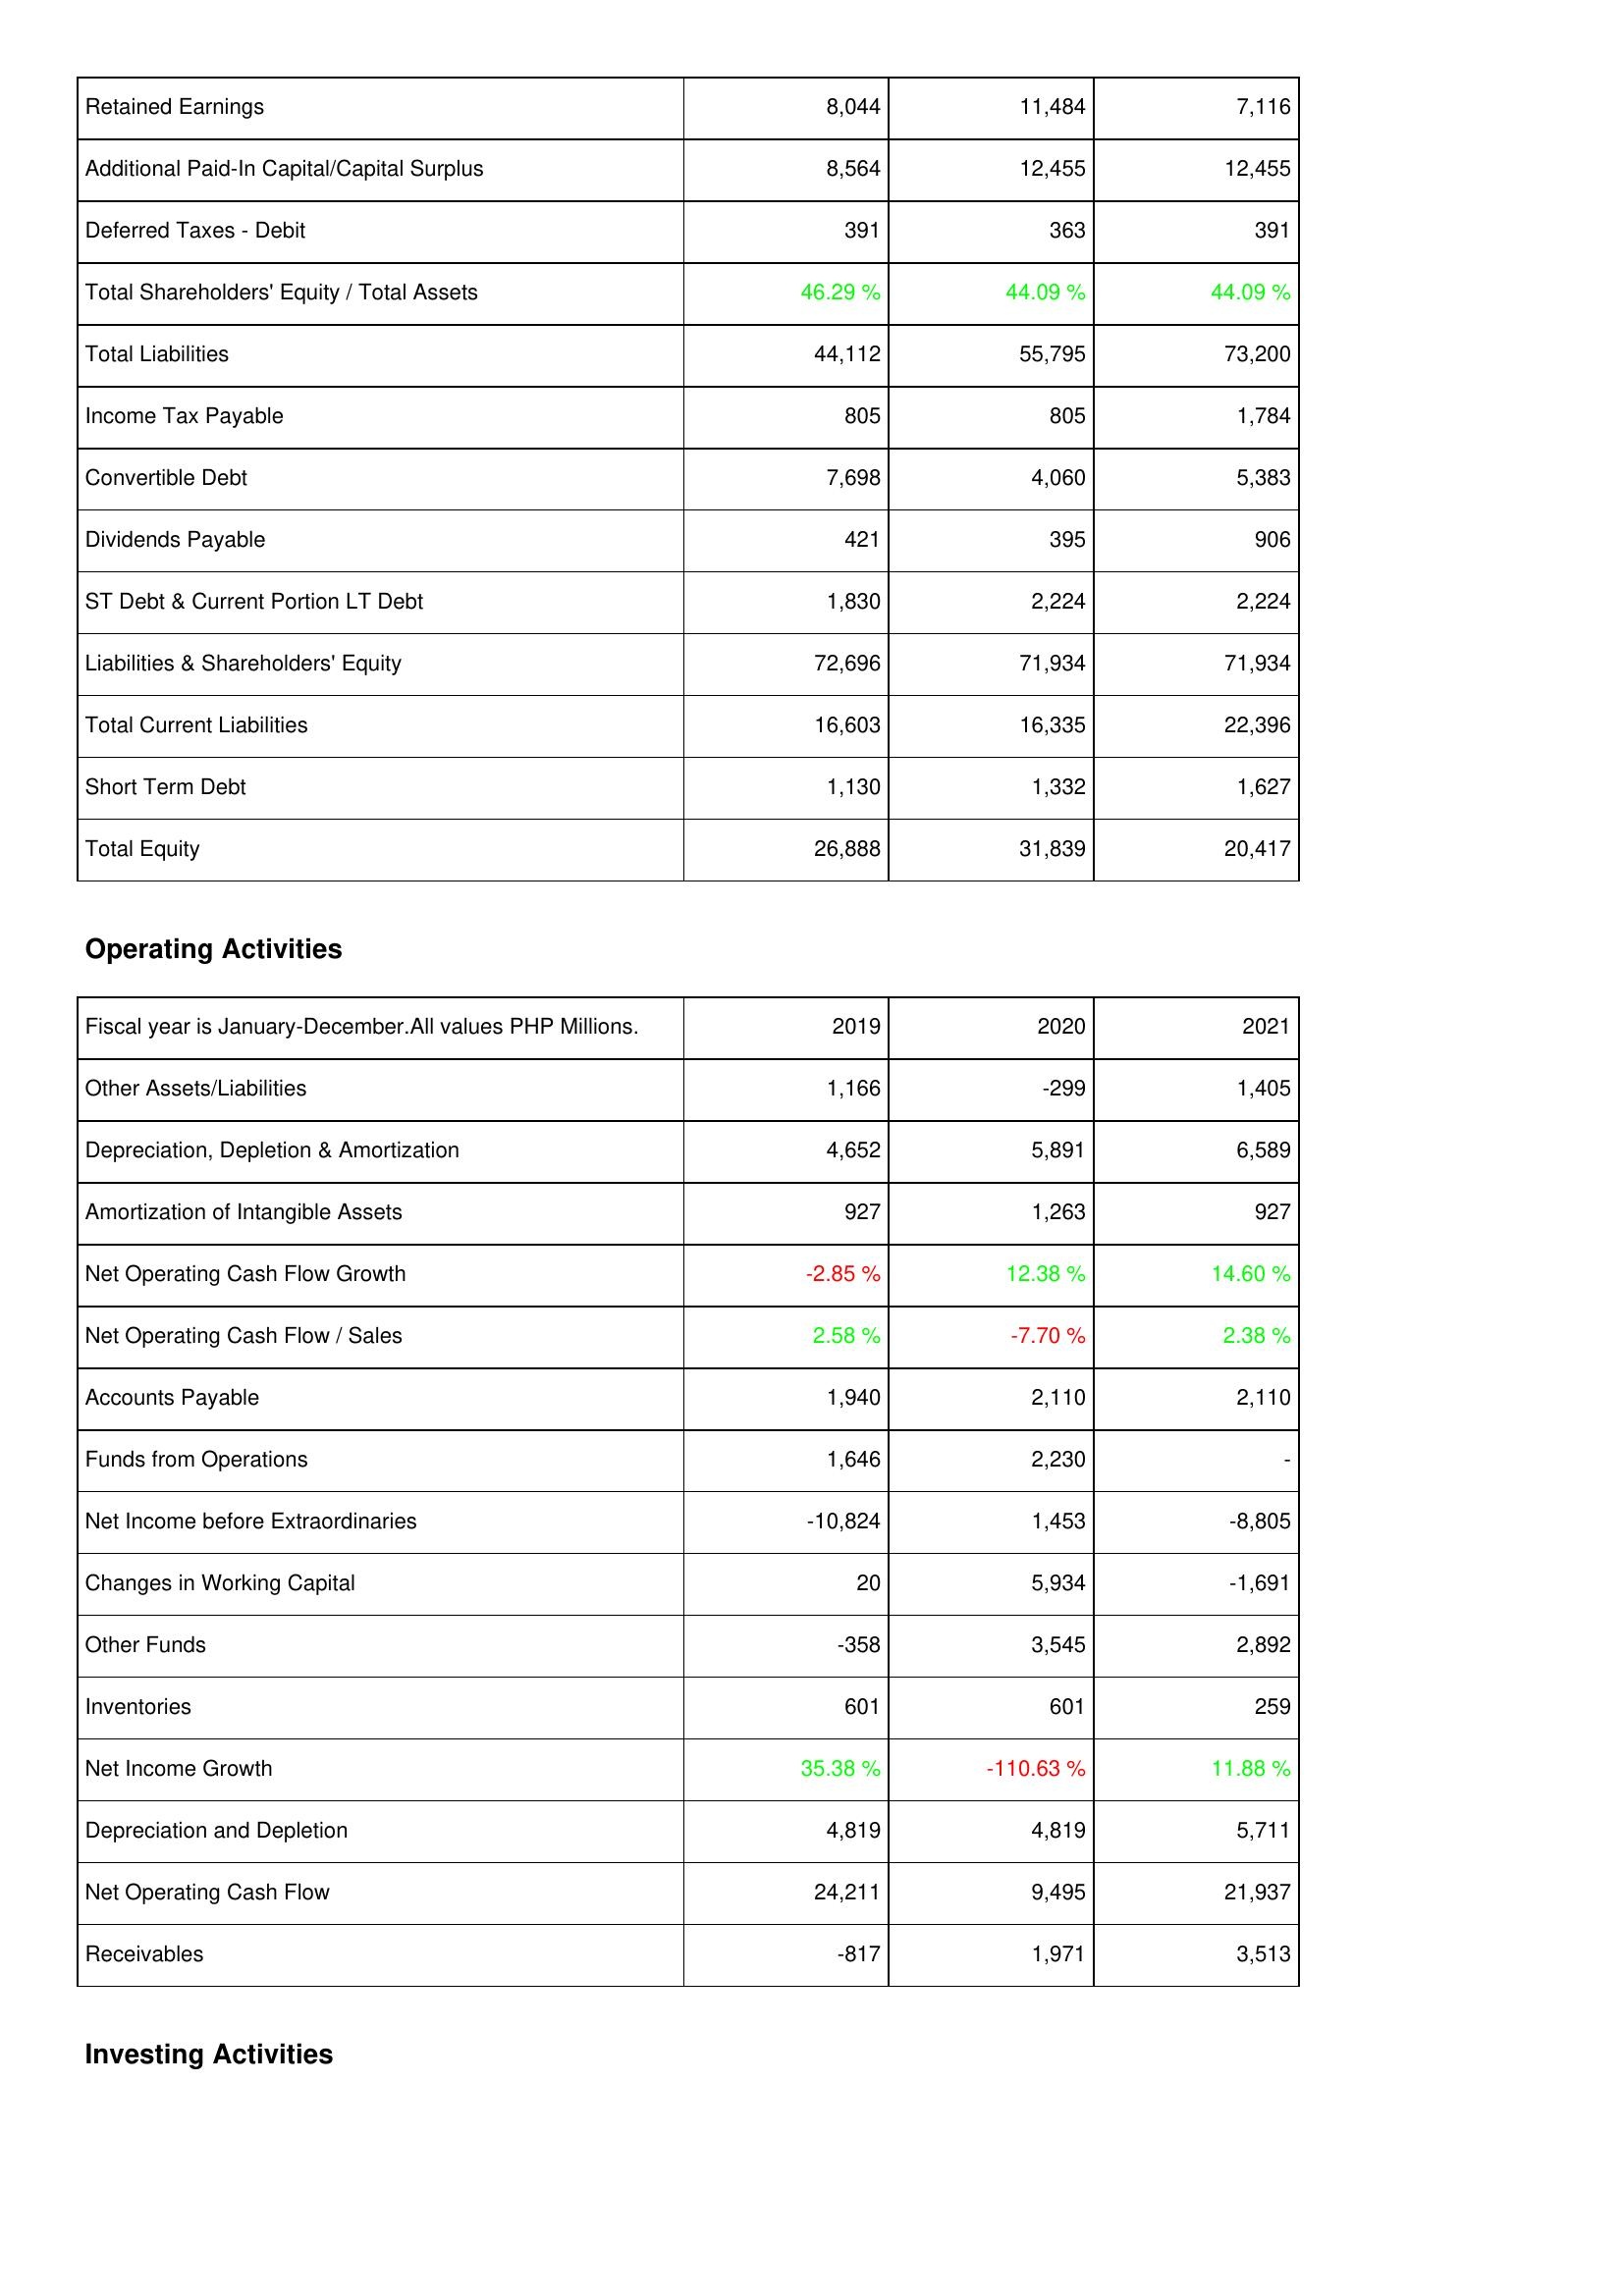
2019: Liabilities & Shareholders' Equity: Retained Earnings: 8,044
Additional Paid-In Capital/Capital Surplus: 8,564
Deferred Taxes - Debit: 391
Total Shareholders' Equity / Total Assets: 46.29 %
Total Liabilities: 44,112
Income Tax Payable: 805
Convertible Debt: 7,698
Dividends Payable: 421
ST Debt & Current Portion LT Debt: 1,830
Liabilities & Shareholders' Equity: 72,696
Total Current Liabilities: 16,603
Short Term Debt: 1,130
Total Equity: 26,888
Operating Activities: Other Assets/Liabilities: 1,166
Depreciation, Depletion & Amortization: 4,652
Amortization of Intangible Assets: 927
Net Operating Cash Flow Growth: -2.85 %
Net Operating Cash Flow / Sales: 2.58 %
Accounts Payable: 1,940
Funds from Operations: 1,646
Net Income before Extraordinaries: -10,824
Changes in Working Capital: 20
Other Funds: -358
Inventories: 601
Net Income Growth: 35.38 %
Depreciation and Depletion: 4,819
Net Operating Cash Flow: 24,211
Receivables: -817
2020: Liabilities & Shareholders' Equity: Retained Earnings: 11,484
Additional Paid-In Capital/Capital Surplus: 12,455
Deferred Taxes - Debit: 363
Total Shareholders' Equity / Total Assets: 44.09 %
Total Liabilities: 55,795
Income Tax Payable: 805
Convertible Debt: 4,060
Dividends Payable: 395
ST Debt & Current Portion LT Debt: 2,224
Liabilities & Shareholders' Equity: 71,934
Total Current Liabilities: 16,335
Short Term Debt: 1,332
Total Equity: 31,839
Operating Activities: Other Assets/Liabilities: -299
Depreciation, Depletion & Amortization: 5,891
Amortization of Intangible Assets: 1,263
Net Operating Cash Flow Growth: 12.38 %
Net Operating Cash Flow / Sales: -7.70 %
Accounts Payable: 2,110
Funds from Operations: 2,230
Net Income before Extraordinaries: 1,453
Changes in Working Capital: 5,934
Other Funds: 3,545
Inventories: 601
Net Income Growth: -110.63 %
Depreciation and Depletion: 4,819
Net Operating Cash Flow: 9,495
Receivables: 1,971
2021: Liabilities & Shareholders' Equity: Retained Earnings: 7,116
Additional Paid-In Capital/Capital Surplus: 12,455
Deferred Taxes - Debit: 391
Total Shareholders' Equity / Total Assets: 44.09 %
Total Liabilities: 73,200
Income Tax Payable: 1,784
Convertible Debt: 5,383
Dividends Payable: 906
ST Debt & Current Portion LT Debt: 2,224
Liabilities & Shareholders' Equity: 71,934
Total Current Liabilities: 22,396
Short Term Debt: 1,627
Total Equity: 20,417
Operating Activities: Other Assets/Liabilities: 1,405
Depreciation, Depletion & Amortization: 6,589
Amortization of Intangible Assets: 927
Net Operating Cash Flow Growth: 14.60 %
Net Operating Cash Flow / Sales: 2.38 %
Accounts Payable: 2,110
Funds from Operations: -
Net Income before Extraordinaries: -8,805
Changes in Working Capital: -1,691
Other Funds: 2,892
Inventories: 259
Net Income Growth: 11.88 %
Depreciation and Depletion: 5,711
Net Operating Cash Flow: 21,937
Receivables: 3,513